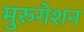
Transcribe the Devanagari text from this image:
मुरुगेशन